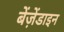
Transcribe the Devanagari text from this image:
बेंज़ेंडाइन